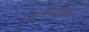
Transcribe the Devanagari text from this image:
अत्याशक्ति